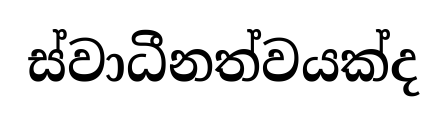
ස්වාධීනත්වයක්ද